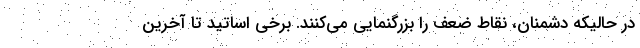
در حالیکه دشمنان، نقاط ضعف را بزرگنمایی می‌کنند. برخی اساتید تا آخرین